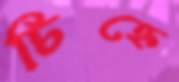
চিহ্নে